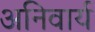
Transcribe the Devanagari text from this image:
अनिवार्य